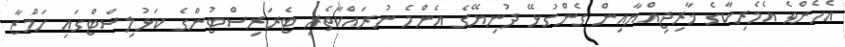
އެހެންވެ އެމެރިކާގެ ޚާރިޖިއްޔާއިން ގެންގުޅޭ ދުނިޔޭގެ އެންމެ ނުރައްކާތެރި ޓެރަރިސްޓުންގެ ކަޅުލިސްޓްގައި ހަމްޒާ